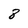
Character: 8